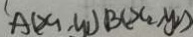
A ( x _ { 1 } , y _ { 1 } ) B ( x _ { 2 } , y _ { 2 } )